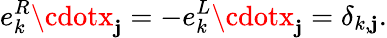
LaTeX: e_{k}^{R}\cdotx_{\mathbf{j}}=-e_{k}^{L}\cdotx_{\mathbf{j}}=\delta_{k,\mathbf{j}}.